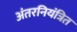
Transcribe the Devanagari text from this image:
अंतरनियंत्रित